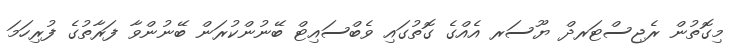
މިގޮތުން ރެޖިސްޓަރދް ޔޫސަރ އެއްގެ ގޮތުގައި ވެބްސައިޓް ބޭނުންކުރަން ބޭނުންވާ ފަރާތުގެ ފުރިހަމަ